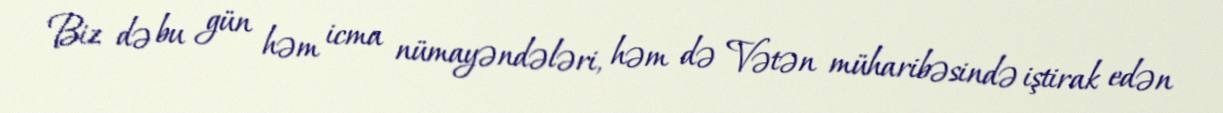
Biz də bu gün həm icma nümayəndələri, həm də Vətən müharibəsində iştirak edən